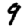
Digit: 9